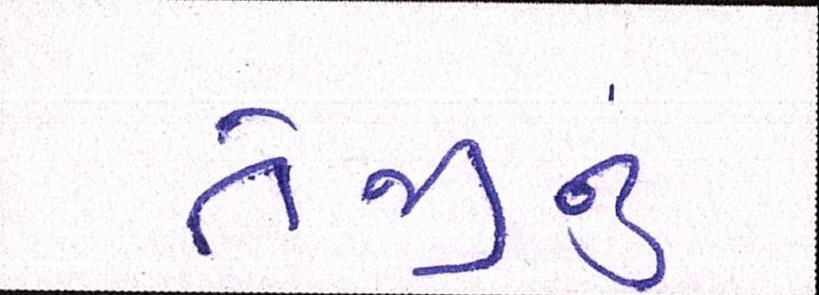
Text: તેજીનું